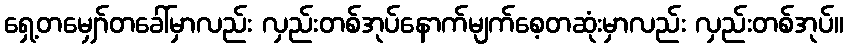
ရှေ့တမျှော်တခေါ်မှာလည်း လှည်းတစ်အုပ်နောက်မျက်စေ့တဆုံးမှာလည်း လှည်းတစ်အုပ်။